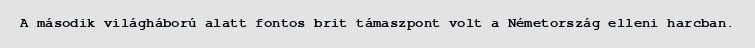
A második világháború alatt fontos brit támaszpont volt a Németország elleni harcban.